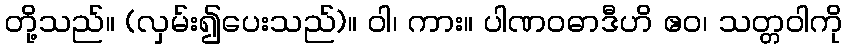
တို့သည်။ (လှမ်း၍ပေးသည်)။ ဝါ၊ ကား။ ပါဏဝဓာဒီဟိ ဧဝ၊ သတ္တဝါကို